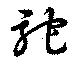
駝